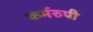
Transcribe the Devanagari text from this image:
कर्मरुपी